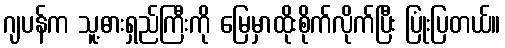
ဂျပန်က သူ့ဓားရှည်ကြီးကို မြေမှာထိုးစိုက်လိုက်ပြီး ပြုံးပြတယ်။